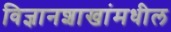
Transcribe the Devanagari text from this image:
विज्ञानशाखांमधील